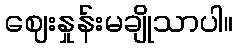
ဈေးနှုန်းမချိုသာပါ။